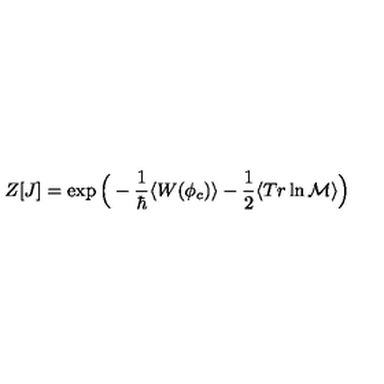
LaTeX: Z [ J ] = \exp \Big ( - \frac { 1 } { \hbar } \langle W ( \phi _ { c } ) \rangle - \frac { 1 } { 2 } \langle T r \ln { \cal M } \rangle \Big )